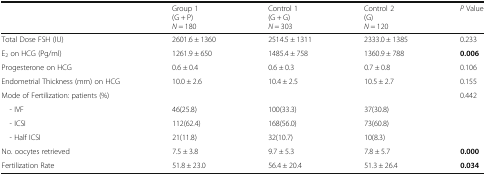
<table><thead><tr><td></td><td><b>Group 1 (G + P)<i>N</i> = 180</b></td><td><b>Control 1 (G + G)<i>N</i> = 303</b></td><td><b>Control 2(G)<i>N</i> = 120</b></td><td><b><i>P</i> Value</b></td></tr></thead><tbody><tr><td>Total Dose FSH (IU)</td><td>2601.6 ± 1360</td><td>2514.5 ± 1311</td><td>2333.0 ± 1385</td><td>0.233</td></tr><tr><td>E<sub>2</sub> on HCG (Pg/ml)</td><td>1261.9 ± 650</td><td>1485.4 ± 758</td><td>1360.9 ± 788</td><td><b>0.006</b></td></tr><tr><td>Progesterone on HCG</td><td>0.6 ± 0.4</td><td>0.6 ± 0.3</td><td>0.7 ± 0.8</td><td>0.106</td></tr><tr><td>Endometrial Thickness (mm) on HCG</td><td>10.0 ± 2.6</td><td>10.4 ± 2.5</td><td>10.5 ± 2.7</td><td>0.155</td></tr><tr><td>Mode of Fertilization: patients (%)</td><td></td><td></td><td></td><td>0.442</td></tr><tr><td> - IVF</td><td>46(25.8)</td><td>100(33.3)</td><td>37(30.8)</td><td></td></tr><tr><td> - ICSI</td><td>112(62.4)</td><td>168(56.0)</td><td>73(60.8)</td><td></td></tr><tr><td> - Half ICSI</td><td>21(11.8)</td><td>32(10.7)</td><td>10(8.3)</td><td></td></tr><tr><td>No. oocytes retrieved</td><td>7.5 ± 3.8</td><td>9.7 ± 5.3</td><td>7.8 ± 5.7</td><td><b>0.000</b></td></tr><tr><td>Fertilization Rate</td><td>51.8 ± 23.0</td><td>56.4 ± 20.4</td><td>51.3 ± 26.4</td><td><b>0.034</b></td></tr></tbody></table>